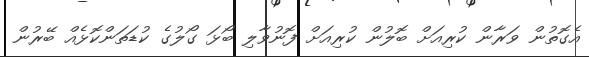
އެގޮތުން ވަރާން ކުރިއަށް ބޮލުން ކުރިއަށް ފޮނުވާލި ބޯޅަ ގޯލުގެ ކުޑަތަންކޮޅެއް ބޭރުން